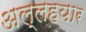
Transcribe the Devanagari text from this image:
अल्लहयार